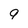
Character: 9